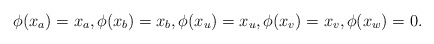
\begin{align*}\phi(x_a) = x_a, \phi(x_b) = x_b, \phi(x_u) = x_u, \phi(x_v) = x_v, \phi(x_w) = 0.\end{align*}